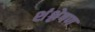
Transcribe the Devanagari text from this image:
शंश्लेषण